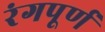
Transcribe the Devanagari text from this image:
रंगपूर्ण